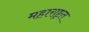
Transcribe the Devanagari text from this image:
महाराष्ट्रत